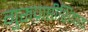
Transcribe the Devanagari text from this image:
गुरुप्राप्तीशिवाय